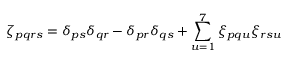
\zeta _ { p q r s } = \delta _ { p s } \delta _ { q r } - \delta _ { p r } \delta _ { q s } + \sum _ { u = 1 } ^ { 7 } \xi _ { p q u } \xi _ { r s u }